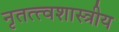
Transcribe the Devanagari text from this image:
नृतत्त्वशास्त्रीय